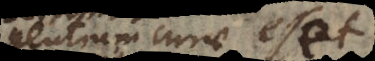
gentium curae e